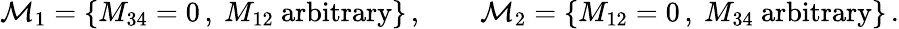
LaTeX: {\cal M}_{1}=\{ M_{34}=0\, ,~M_{12}\mathrm{~arbitrary}\} \, ,\qquad{\cal M}_{2}=\{ M_{12}=0\, ,~M_{34}\mathrm{~arbitrary}\} \, .